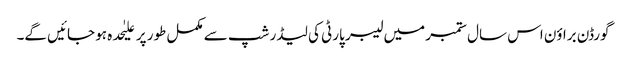
گورڈن براؤن اس سال ستمبر میں لیبر پارٹی کی لیڈر شپ سے مکمل طور پر علیٰحدہ ہو جائیں گے۔